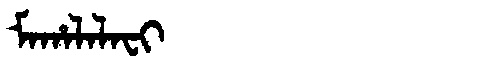
Manchu: ᠮᠠᡥᠠᠯᠠᠯᠠᠸᡳ
Romanization: MAHALALAFI